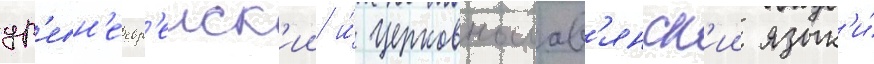
др'евн'еевр'еиск'ии и́ церковнослав'янск'ии язык'и́